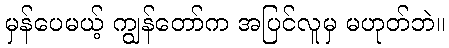
မှန်ပေမယ့် ကျွန်တော်က အပြင်လူမှ မဟုတ်ဘဲ။